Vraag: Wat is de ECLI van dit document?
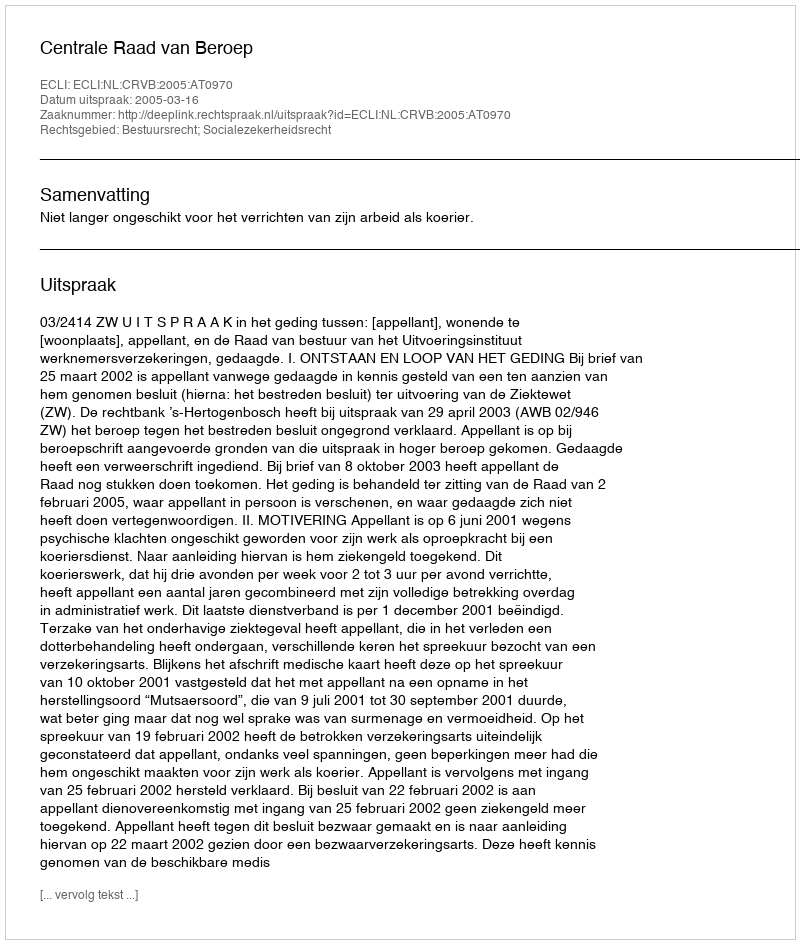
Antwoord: ECLI:NL:CRVB:2005:AT0970